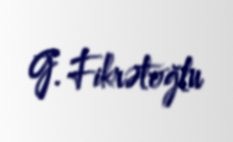
G. Fikrətoğlu